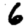
Digit: 6